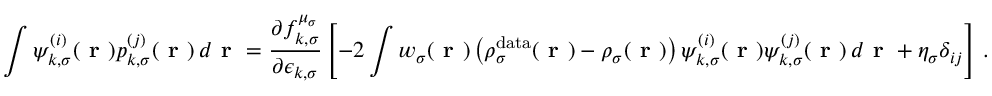
\int \psi _ { k , \sigma } ^ { ( i ) } ( \boldsymbol { \textbf { r } } ) p _ { k , \sigma } ^ { ( j ) } ( \boldsymbol { \textbf { r } } ) \, d \boldsymbol { \textbf { r } } = \frac { \partial f _ { k , \sigma } ^ { \mu _ { \sigma } } } { \partial \epsilon _ { k , \sigma } } \left[ - 2 \int w _ { \sigma } ( \boldsymbol { \textbf { r } } ) \left( \rho _ { \sigma } ^ { \mathrm { d a t a } } ( \boldsymbol { \textbf { r } } ) - \rho _ { \sigma } ( \boldsymbol { \textbf { r } } ) \right) \psi _ { k , \sigma } ^ { ( i ) } ( \boldsymbol { \textbf { r } } ) \psi _ { k , \sigma } ^ { ( j ) } ( \boldsymbol { \textbf { r } } ) \, d \boldsymbol { \textbf { r } } + \eta _ { \sigma } \delta _ { i j } \right] \, .